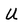
Character: u